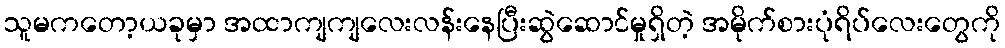
သူမကတော့ယခုမှာ အထာကျကျလေးလန်းနေပြီးဆွဲဆောင်မှုရှိတဲ့ အမိုက်စားပုံရိပ်လေးတွေကို